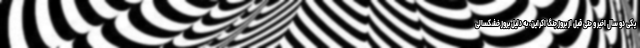
یکی دو سال اخیر و حتی قبل از بروز جنگ اکراین، به دلیل بروز خشکسالی